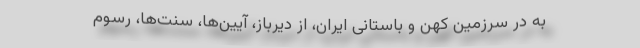
به‌ در سرزمین کهن و باستانی ایران، از دیرباز، آیین‌ها، سنت‌ها، رسوم